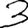
Digit: 3